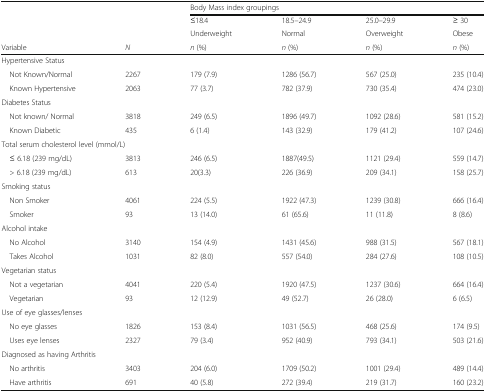
<table><thead><tr><td>[EMPTY_CELL]</td><td>[EMPTY_CELL]</td><td colspan="4"><b>Body Mass index groupings</b></td></tr><tr><td>[EMPTY_CELL]</td><td>[EMPTY_CELL]</td><td><b>≤18.4</b></td><td><b>18.5–24.9</b></td><td><b>25.0–29.9</b></td><td><b>≥ 30</b></td></tr><tr><td>[EMPTY_CELL]</td><td>[EMPTY_CELL]</td><td><b>Underweight</b></td><td><b>Normal</b></td><td><b>Overweight</b></td><td><b>Obese</b></td></tr><tr><td><b>Variable</b></td><td><b><i>N</i></b></td><td><b><i>n</i> (%)</b></td><td><b><i>n</i> (%)</b></td><td><b><i>n</i> (%)</b></td><td><b><i>n</i> (%)</b></td></tr></thead><tbody><tr><td colspan="6">Hypertensive Status</td></tr><tr><td> Not Known/Normal</td><td>2267</td><td>179 (7.9)</td><td>1286 (56.7)</td><td>567 (25.0)</td><td>235 (10.4)</td></tr><tr><td> Known Hypertensive</td><td>2063</td><td>77 (3.7)</td><td>782 (37.9)</td><td>730 (35.4)</td><td>474 (23.0)</td></tr><tr><td colspan="6">Diabetes Status</td></tr><tr><td> Not known/ Normal</td><td>3818</td><td>249 (6.5)</td><td>1896 (49.7)</td><td>1092 (28.6)</td><td>581 (15.2)</td></tr><tr><td> Known Diabetic</td><td>435</td><td>6 (1.4)</td><td>143 (32.9)</td><td>179 (41.2)</td><td>107 (24.6)</td></tr><tr><td colspan="6">Total serum cholesterol level (mmol/L)</td></tr><tr><td> ≤ 6.18 (239 mg/dL)</td><td>3813</td><td>246 (6.5)</td><td>1887(49.5)</td><td>1121 (29.4)</td><td>559 (14.7)</td></tr><tr><td> &gt; 6.18 (239 mg/dL)</td><td>613</td><td>20(3.3)</td><td>226 (36.9)</td><td>209 (34.1)</td><td>158 (25.7)</td></tr><tr><td colspan="6">Smoking status</td></tr><tr><td> Non Smoker</td><td>4061</td><td>224 (5.5)</td><td>1922 (47.3)</td><td>1239 (30.8)</td><td>666 (16.4)</td></tr><tr><td> Smoker</td><td>93</td><td>13 (14.0)</td><td>61 (65.6)</td><td>11 (11.8)</td><td>8 (8.6)</td></tr><tr><td colspan="6">Alcohol intake</td></tr><tr><td> No Alcohol</td><td>3140</td><td>154 (4.9)</td><td>1431 (45.6)</td><td>988 (31.5)</td><td>567 (18.1)</td></tr><tr><td> Takes Alcohol</td><td>1031</td><td>82 (8.0)</td><td>557 (54.0)</td><td>284 (27.6)</td><td>108 (10.5)</td></tr><tr><td colspan="6">Vegetarian status</td></tr><tr><td> Not a vegetarian</td><td>4041</td><td>220 (5.4)</td><td>1920 (47.5)</td><td>1237 (30.6)</td><td>664 (16.4)</td></tr><tr><td> Vegetarian</td><td>93</td><td>12 (12.9)</td><td>49 (52.7)</td><td>26 (28.0)</td><td>6 (6.5)</td></tr><tr><td colspan="6">Use of eye glasses/lenses</td></tr><tr><td> No eye glasses</td><td>1826</td><td>153 (8.4)</td><td>1031 (56.5)</td><td>468 (25.6)</td><td>174 (9.5)</td></tr><tr><td> Uses eye lenses</td><td>2327</td><td>79 (3.4)</td><td>952 (40.9)</td><td>793 (34.1)</td><td>503 (21.6)</td></tr><tr><td colspan="6">Diagnosed as having Arthritis</td></tr><tr><td> No arthritis</td><td>3403</td><td>204 (6.0)</td><td>1709 (50.2)</td><td>1001 (29.4)</td><td>489 (14.4)</td></tr><tr><td> Have arthritis</td><td>691</td><td>40 (5.8)</td><td>272 (39.4)</td><td>219 (31.7)</td><td>160 (23.2)</td></tr></tbody></table>